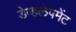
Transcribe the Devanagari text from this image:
डेव्हलेपमेंट